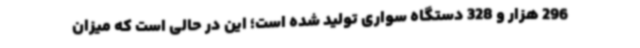
296 هزار و 328 دستگاه سواری تولید شده است؛ این در حالی است که میزان